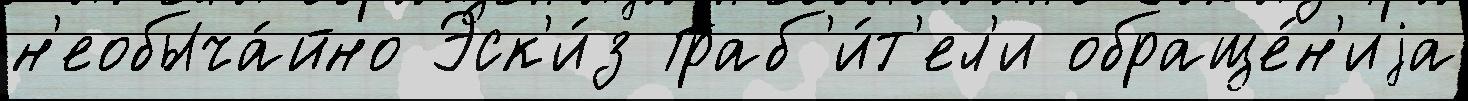
н'еобыча́йно Эск'и́з Граб'и́т'ел'и обраще́н'иjа